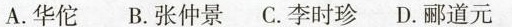
A.华佗 B.张仲景 C.李时珍 D.郦道元